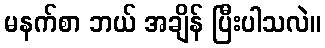
မနက်စာ ဘယ် အချိန် ပြီးပါသလဲ။